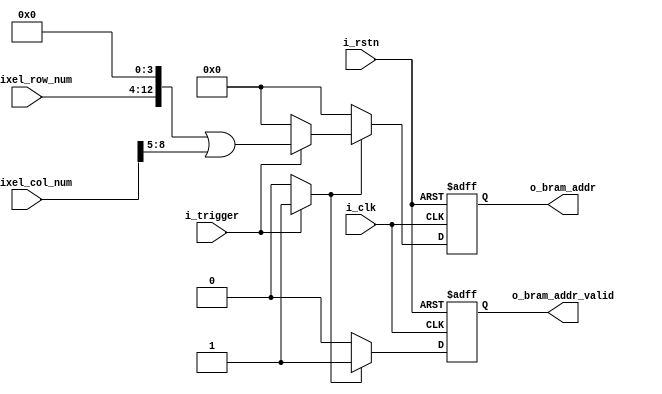
module convert_pixel_xy_to_bram_addr(
	i_clk,
	i_rstn,
	i_trigger,
	i_pixel_row_num,
	i_pixel_col_num,
	o_bram_addr,
	o_bram_addr_valid

);
	input i_clk;
	input i_rstn;
	input i_trigger;
	input [8:0] i_pixel_row_num;
	input [8:0] i_pixel_col_num;
	output reg [12:0] o_bram_addr;
	output reg o_bram_addr_valid;
	
	wire [12:0] o_bram_addr_pre;
	wire o_bram_addr_valid_pre;
	always@(*) begin
		if (i_trigger == 1'b1)
			begin
				o_bram_addr_pre = (i_pixel_row_num << 4) | (i_pixel_col_num >> 5) ;
				o_bram_addr_valid_pre = 1'b1;
			end
		else
			begin
				o_bram_addr_pre = 13'h0;
				o_bram_addr_valid_pre = 1'b0;
			end
	end
	
	
	always@(posedge i_clk or negedge i_rstn) begin
		if (i_rstn == 1'b0) begin
			o_bram_addr <= 13'h0;
			o_bram_addr_valid <= 1'b0;
		end else if (o_bram_addr_valid_pre == 1'b1) begin
			o_bram_addr <= o_bram_addr_pre;
			o_bram_addr_valid <= o_bram_addr_valid_pre;
		end	else begin
			o_bram_addr <= 13'h0;
			o_bram_addr_valid <= 1'b0;
		end
			
	end


endmodule